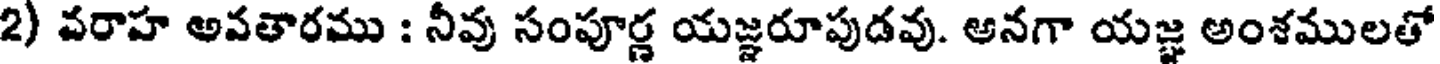
2) వరాహ అవతారము : నీవు సంపూర్ణ యజ్ఞరూపుడవు. అనగా యజ్ఞ అంశములతో